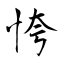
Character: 恗